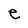
Character: e